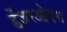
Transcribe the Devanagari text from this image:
डेंजरओएस